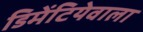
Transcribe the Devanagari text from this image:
डिमेंटियेवाला